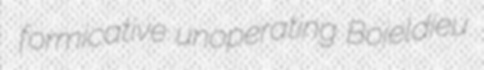
formicative unoperating Boieldieu